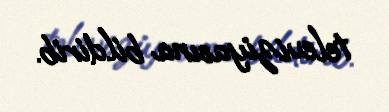
televiziyasına bildirib.